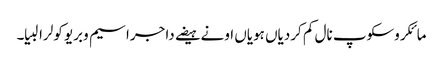
مائکروسکوپ نال کم کردیاں ہویاں اونے ہیضے دا جراسیم وبریو کولرا لبیا۔